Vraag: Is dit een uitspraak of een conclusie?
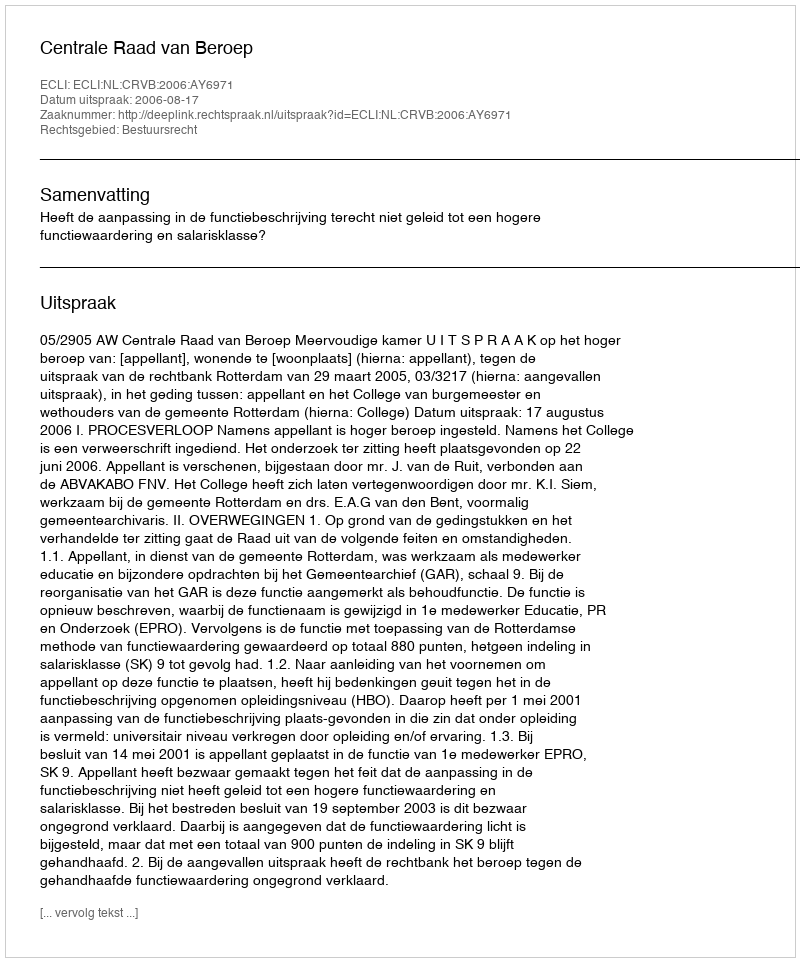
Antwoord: Uitspraak